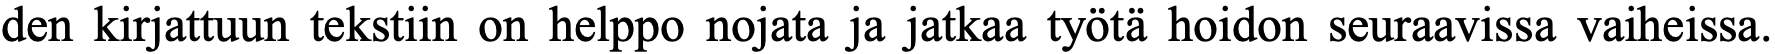
den kirjattuun tekstiin on helppo nojata ja jatkaa työtä hoidon seuraavissa vaiheissa.